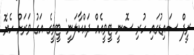
ރީފް ސައިޑުގައި ހުރި ސޮނީ ޓީވީއެއް ދައްކާލަނީ: ޓީވީގެ އަގު ވަރަށް ހެޔޮ.